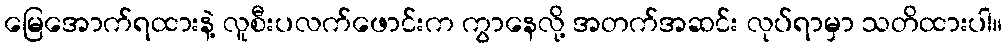
မြေအောက်ရထားနဲ့ လူစီးပလက်ဖောင်းက ကွာနေလို့ အတက်အဆင်း လုပ်ရာမှာ သတိထားပါ။